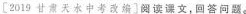
[2019甘肃天水中考改编]阅读课文，回答问题。